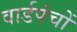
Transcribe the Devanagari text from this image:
वार्डपंचों